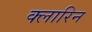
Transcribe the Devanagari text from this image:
क्लारिन